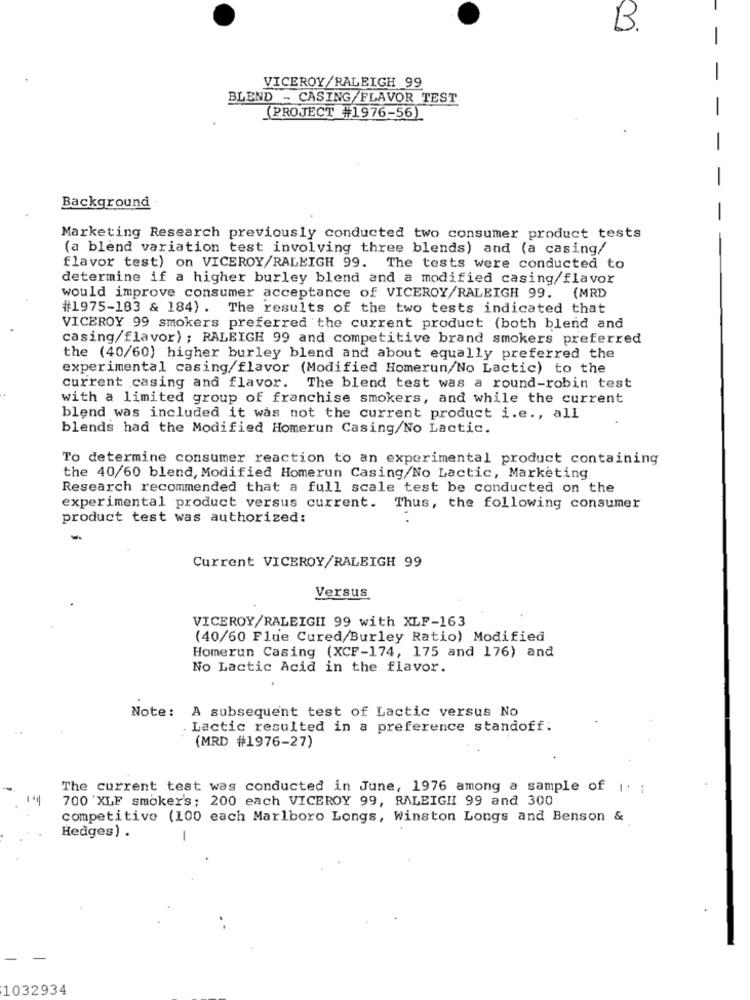
B.
-
-
VICEROY/RALEIGH 99
BLEND - CASING/FLAVOR TEST
(PROJECT #1976-56)
Background
-
Marketing Research previously conducted two consumer product tests
(a blend variation test involving three blends) and (a casing/
flavor test) on VICEROY/RALEIGH 99. The tests were conducted to
determine if a higher burley blend and a modified casing/flavor
would improve consumer acceptance of VICEROY/RALEIGH 99. (MRD
#1975-183 & 184) . The results of the two tests indicated that
VICEROY 99 smokers preferred the current product (both blend and
casing/flavor) ; RALEIGH 99 and competitive brand smokers preferred
the (40/60) higher burley blend and about equally preferred the
experimental casing/flavor (Modified Homerun/No Lactic) to the
current casing and flavor.
The blend test was a round-robin test
with a limited group of franchise smokers, and while the current
blend was included it was not the current product i.e ., all
blends had the Modified Homerun Casing/No Lactic.
To determine consumer reaction to an experimental product containing
the 40/60 blend, Modified Homerun Casing/No Lactic, Marketing
Research recommended that a full scale test be conducted on the
experimental product versus current. Thus, the following consumer
product test was authorized:
Current VICEROY/RALEIGH 99
Versus
VICEROY/RALEIGHI 99 with XLF-163
(40/60 Flue Cured/Burley Ratio) Modified
Homerun Casing (XCF-174, 175 and 176) and
No Lactic Acid in the flavor.
Note: A subsequent test of Lactic versus No
Lactic resulted in a preference standoff:
(MRD #1976-27)
The current test was conducted in June, 1976 among a sample of I. ;
700 'XLF smoker's; 200 each VICEROY 99, RALEIGHI 99 and 300
competitive (100 each Marlboro Longs, Winston Longs and Benson &
Hedges) .
-
1032934